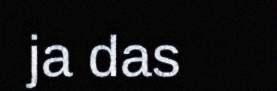
ja das